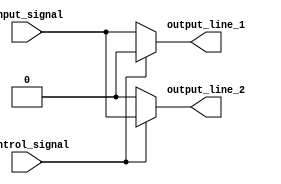
module demux_1to2 (
    input wire input_signal,
    input wire control_signal,
    output reg output_line_1,
    output reg output_line_2
);

always @(*)
begin
    if (control_signal == 1'b0)
    begin
        output_line_1 = input_signal;
        output_line_2 = 1'b0;
    end
    else
    begin
        output_line_1 = 1'b0;
        output_line_2 = input_signal;
    end
end

endmodule